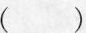
()